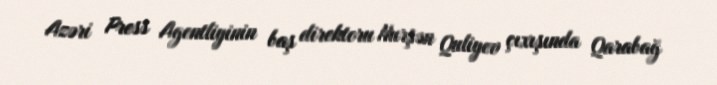
Azəri Press Agentliyinin baş direktoru Nurşən Quliyev çıxışında Qarabağ